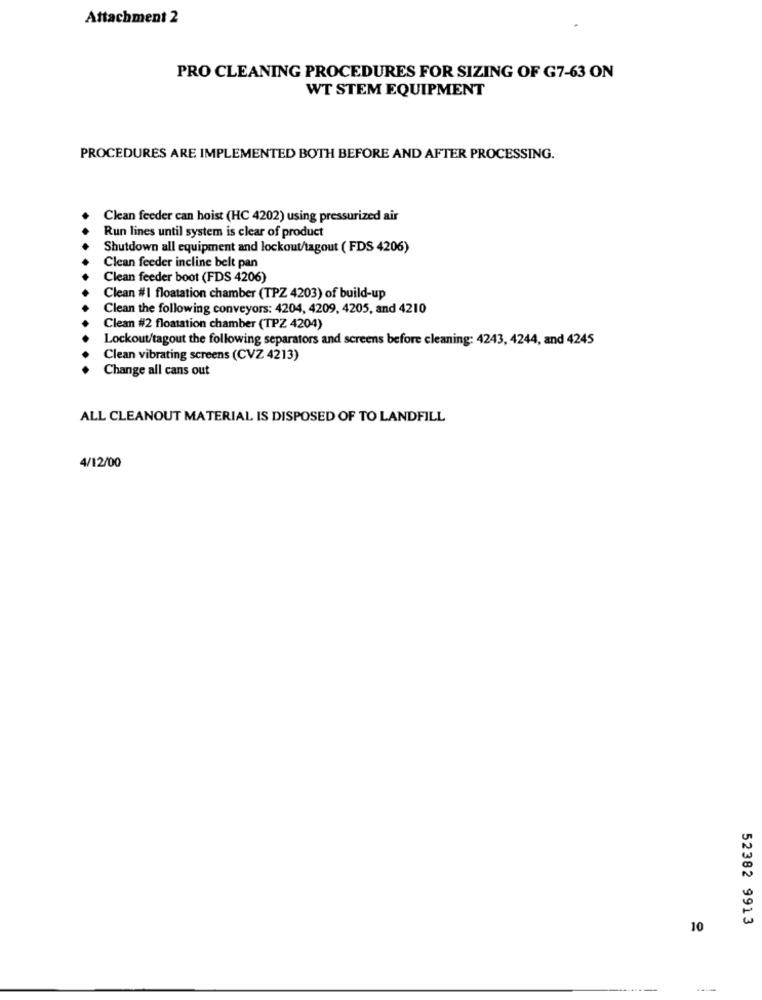
Attachment 2
PRO CLEANING PROCEDURES FOR SIZING OF G7-63 ON
WT STEM EQUIPMENT
PROCEDURES ARE IMPLEMENTED BOTH BEFORE AND AFTER PROCESSING.
Clean feeder can hoist (HC 4202) using pressurized air
Run lines until system is clear of product
Shutdown all equipment and lockout/tagout ( FDS 4206)
Clean feeder incline belt pan
Clean feeder boot (FDS 4206)
Clean #1 floatation chamber (TPZ 4203) of build-up
Clean the following conveyors: 4204, 4209, 4205, and 4210
Clean #2 floatation chamber (TPZ 4204)
Lockout/tagout the following separators and screens before cleaning: 4243, 4244, and 4245
Clean vibrating screens (CVZ 4213)
Change all cans out
ALL CLEANOUT MATERIAL IS DISPOSED OF TO LANDFILL
4/12/00
52382 9913
10
---
---